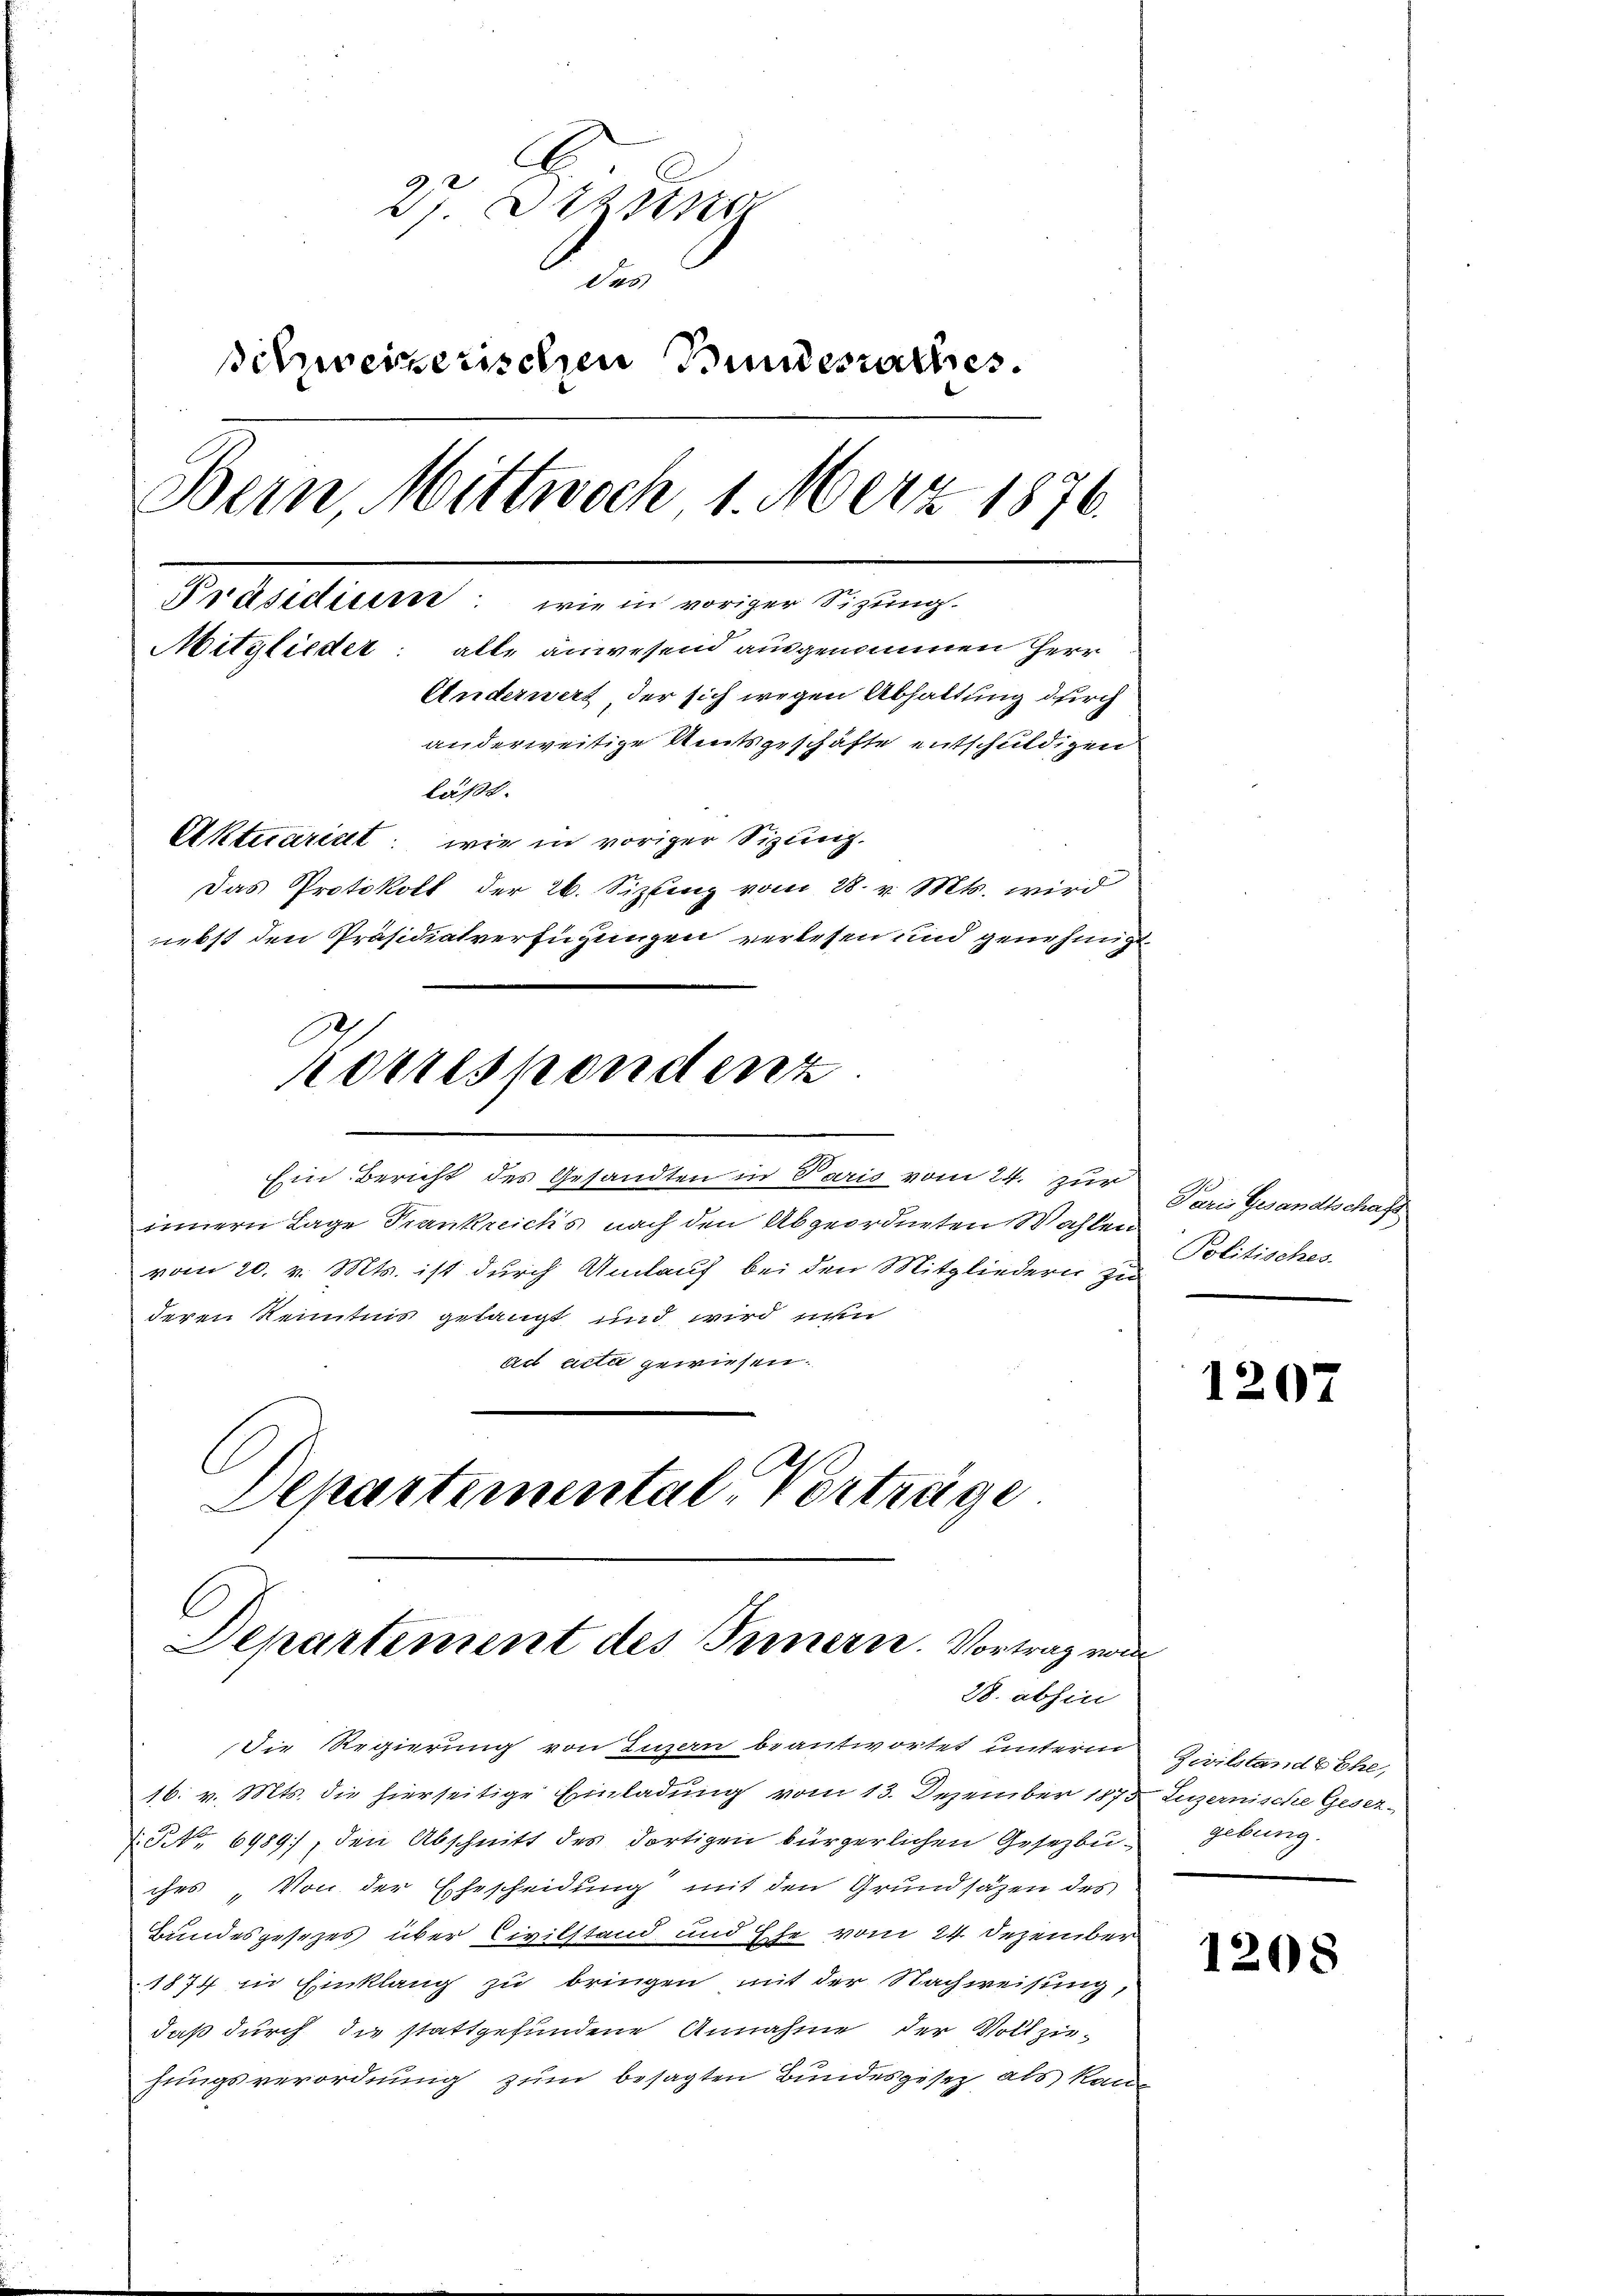
27 Erzien
de
schweizerischen Bundesrathes.
Bern Mittwoch 1. März 1876.
Präsidierer: wie in voriger Sizung.
Mitglieder: alle anwesend ausgenommen Herr
Anderwert der sich wegen Abhaltung durch
anderweitige Amtsgeschäfte entschuldigen
läßt.
Aktuariat, wie in voriger Sizung.
Das Protokoll der 26. Sizlenz vom 28. v. Mts. wird
nebst den Präsidialverfügungen verlesen und genehmigt

innern Lage Frankreich’s nach den Abgeordneten Wahlen
vom 20. v. Mts. ist durch Umlauf bei den Mitgliedern zu
deren Reintung gelangt und wird nun
ad acta gewiesen.
Departemental, Vorträge.

Korrespondenz
Ein Bericht des Gesandten in Paris vom 24. zur

C
Departement des Innern. Vortrag von
28. abhin

16. v. Mts. die hierseitige Einladung vom 13. Dezember 1873
NNo. 6989, den Abschnitt des dortigen bürgerlichen Gesetzbuches „Von der Ehescheidung mit den Grundsäzen des
Bundesgesezes über Civilstand und Ehe vom 24. Dezember
1874 in Einklang zu bringen mit der Nachweisung,
daß durch die stattgefundene Annahme der Vollziehungsverordnung zum besagten Bundesgesez als kan

Die Regierung von Luzern beantwortet unterm Zivilstand Ehe,

Paris Gesandtschaft
Politisches

1207

Luzernische Geser-
gebung.

1208